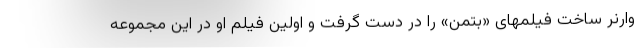
وارنر ساخت فیلمهای «بتمن» را در دست گرفت و اولین فیلم او در این مجموعه